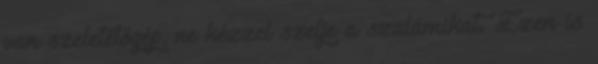
van szeletelőgép, ne kézzel szelje a szalámikat. Ezen is